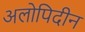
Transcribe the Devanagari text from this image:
अलोपिदीन